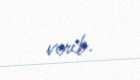
verib.